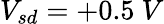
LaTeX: V_{sd}=+0.5\ V